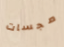
مجسات